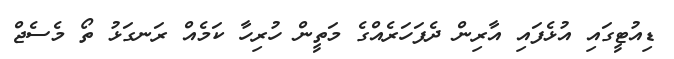
ޑިއުޓީގައި އުޅެފައި އާރިން ދެފަހަރެއްގެ މަތީން ހުރިހާ ކަމެއް ރަނގަޅު ތޯ މެސެޖް